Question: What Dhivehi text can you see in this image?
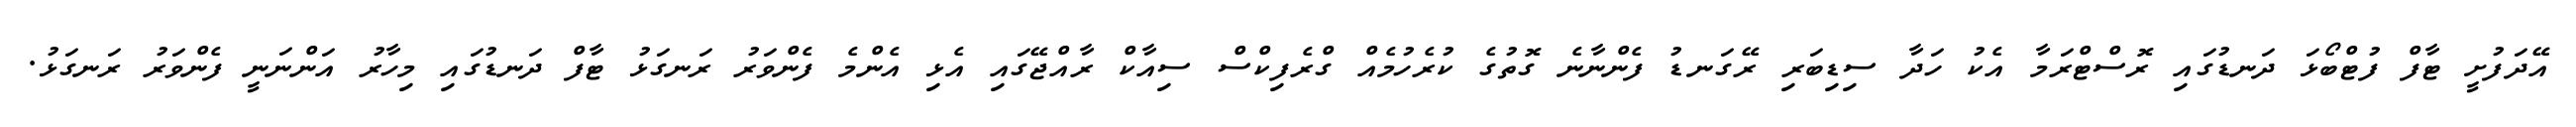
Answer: އޭދަފުށީ ޓާފް ފުޓްބޯޅަ ދަނޑުގައި ރޮސްޓްރަމާ އެކު ހަދާ ސިޑިބަރި ރޭގަނޑު ފެންނާނެ ގޮތުގެ ކުރެހުމެއް ގްރެފިކްސް ސިއާކް ރާއްޖޭގައި އެޅި އެންމެ ފެންވަރު ރަނގަޅު ޓާފް ދަނޑުގައި މިހާރު އަންނަނީ ފެންވަރު ރަނގަޅު.